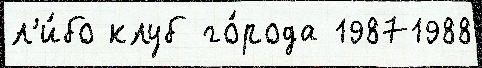
л'и́бо клуб го́рода 19871988